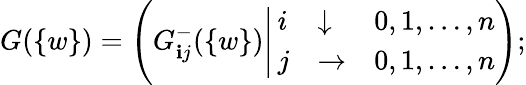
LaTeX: G(\{ w\} )=\Bigg(G_{\mathbf{i}j}^{-}(\{ w\} )\Bigg|\left.\begin{array}{lll}{{i}}&{{\downarrow}}&{{0,1,\ldots,n}}\\ {{j}}&{{\rightarrow}}&{{0,1,\ldots,n}}\end{array}\right.\Bigg);